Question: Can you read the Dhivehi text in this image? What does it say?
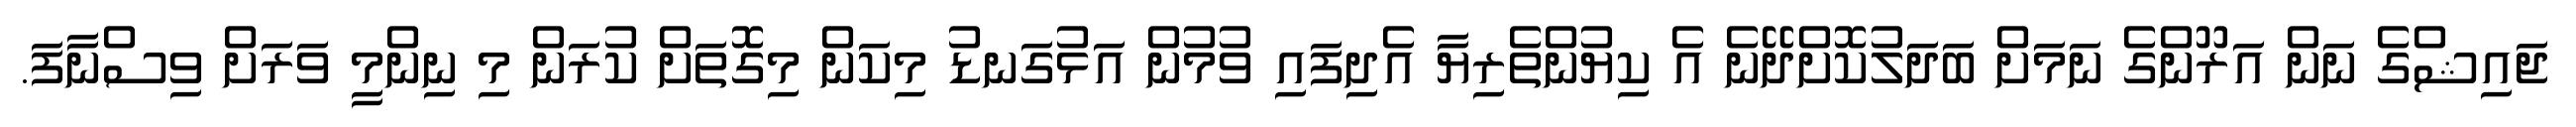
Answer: ޖައިޝްގެ ނަން އަރޫންގެ ނަމަށް ބަދަލުކޮށްދޭނެ އެ ކިޔުންތެރިޔާ އެދިފައި ވުމުން އަޅުގަނޑު މިކަން މިގޮތަށް ކުރަން މި ނިންމީ ވަރަށް ވިސްނާފަ.